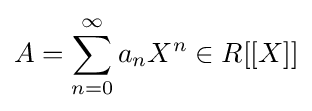
A=\sum _{n=0}^{\infty }a_{n}X^{n}\in R[[X]]